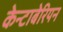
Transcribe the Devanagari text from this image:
केन्टाबेरियन